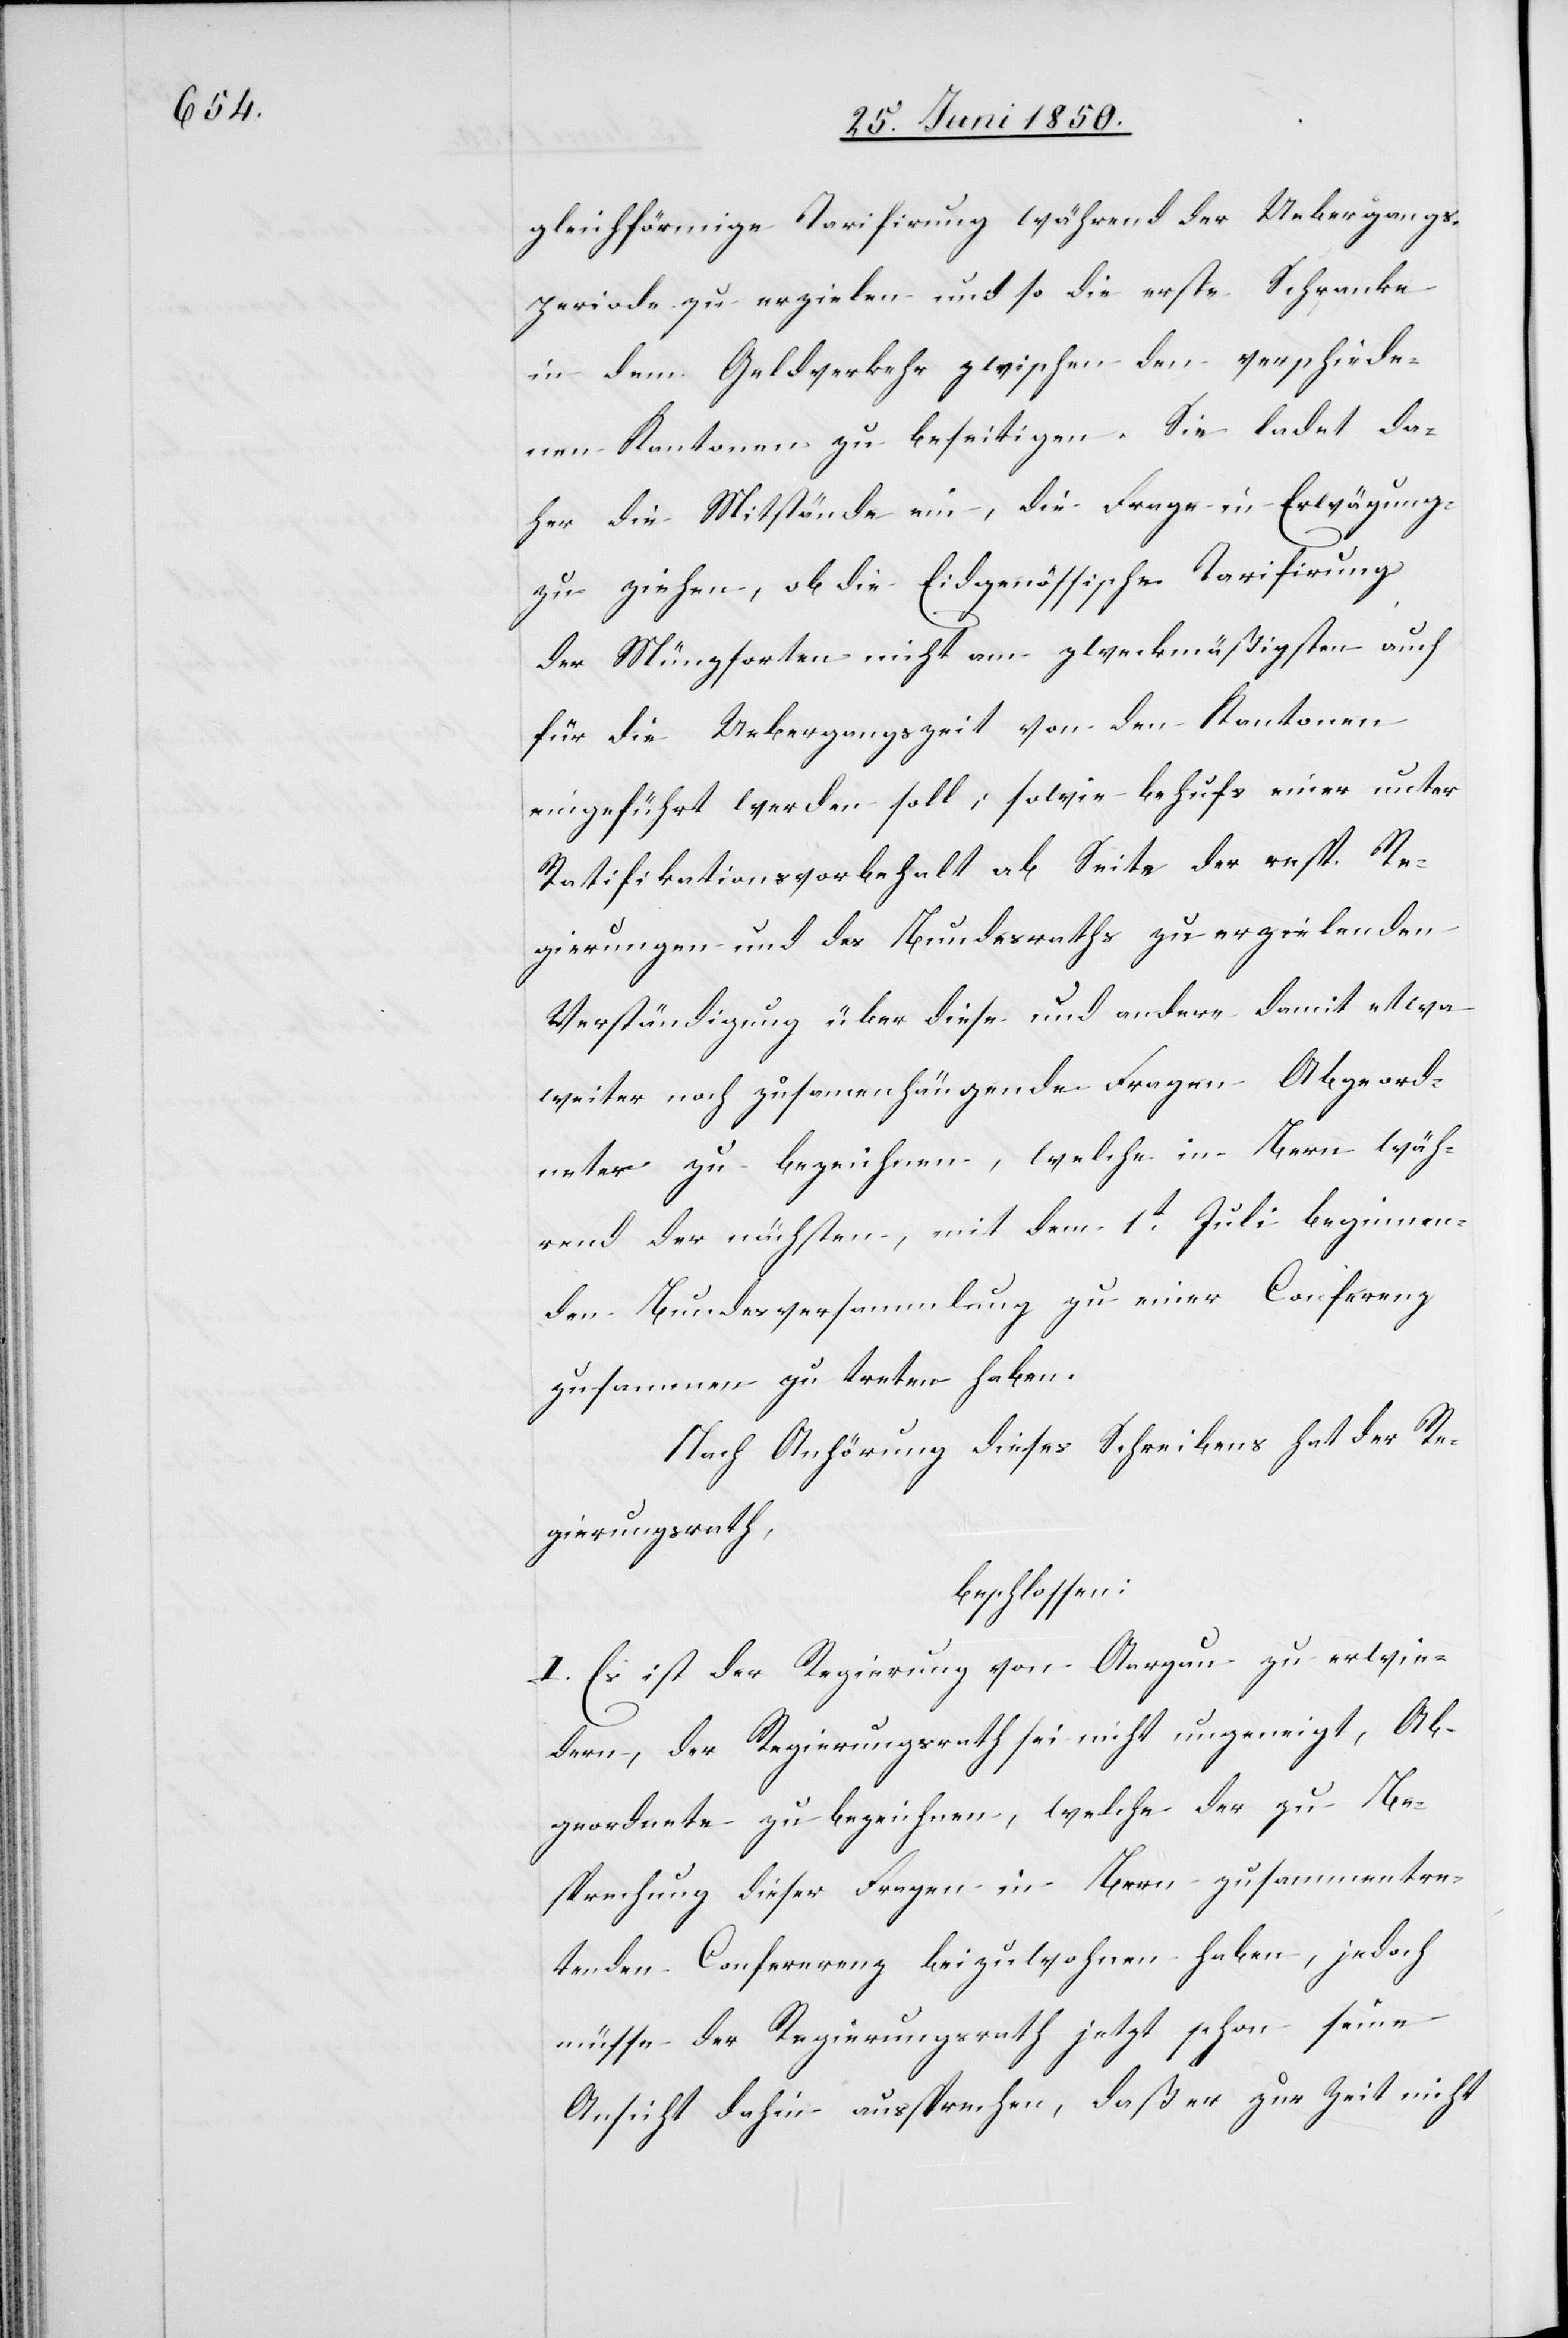
gleichförmige Tarifirung während der Uebergangs¬
periode zu erzielen und so die erste Schranke
in dem Geldverkehr zwischen den verschiede¬
nen Kantonen zu beseitigen. Sie ladet da¬
her die Mitstände ein, die Frage in Erwägung
zu ziehen, ob die Eidgenössische Tarifirung
der Münzsorten nicht am zweckmäßigsten auch
für die Uebergangszeit von den Kantonen
eingeführt werden soll; sowie behufs einer unter
Ratifikationsvorbehalt ab Seite der resp. Re¬
gierungen und des Bundesraths zu erzielenden
Verständigung über diese und andere damit etwa
weiter noch zusamenhängende Fragen Abgeord¬
nete zu bezeichnen, welche in Bern wäh¬
rend der nächsten, mit dem 1t Juli beginnen¬
den Bundesversammlung zu einer Conferenz
zusammen zu treten haben.
Nach Anhörung dieses Schreibens hat der Re¬
gierungsrath,
beschlossen:
I. Es ist der Regierung von Aargau zu erwie¬
dern, der Regierungsrath sei nicht ungeneigt, Ab¬
geordnete zu bezeichnen, welche der zu Be¬
sprechung dieser Fragen in Bern zusammentre¬
tenden Confererenz [sic!] beizuwohnen haben, jedoch
müsse der Regierungsrath jetzt schon seine
Ansicht dahin aussprechen, daß er zur Zeit nicht